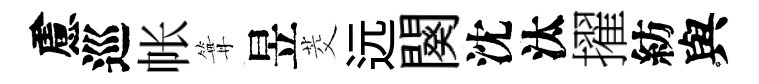
慮巡帐篝昱茭远闋沈汰擢紡與